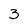
Character: 3